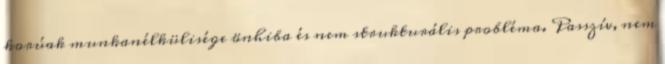
korúak munkanélkülisége önhiba és nem strukturális probléma. Passzív, nem